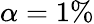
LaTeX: \alpha=1\%